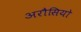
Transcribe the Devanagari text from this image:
अरौसियो